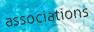
associations